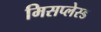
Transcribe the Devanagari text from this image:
मिसप्लेस्ड